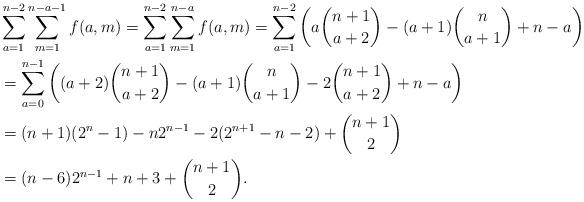
LaTeX: \begin{align*}&\sum_{a=1}^{n-2}\sum_{m=1}^{n-a-1}f(a,m)=\sum_{a=1}^{n-2}\sum_{m=1}^{n-a}f(a,m)=\sum_{a=1}^{n-2}\left(a\binom{n+1}{a+2}-(a+1)\binom{n}{a+1}+n-a\right)\\&=\sum_{a=0}^{n-1}\left((a+2)\binom{n+1}{a+2}-(a+1)\binom{n}{a+1}-2\binom{n+1}{a+2}+n-a\right)\\&=(n+1)(2^n-1)-n2^{n-1}-2(2^{n+1}-n-2)+\binom{n+1}{2}\\&=(n-6)2^{n-1}+n+3+\binom{n+1}{2}.\end{align*}